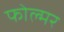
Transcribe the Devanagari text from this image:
फोल्मर